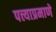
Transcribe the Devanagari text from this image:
पत्त्याप्रमाणे